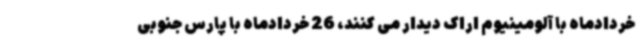
خردادماه با آلومینیوم اراک دیدار می کنند، 26 خردادماه با پارس جنوبی